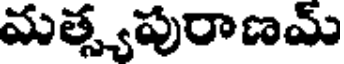
మత్స్యపురాణమ్